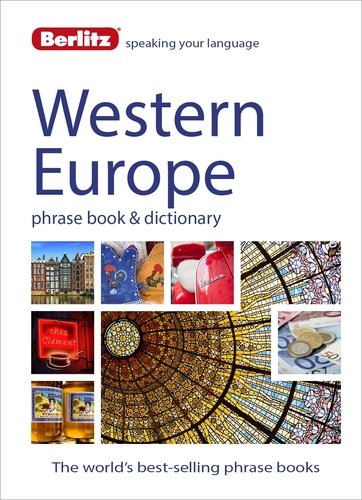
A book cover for Berlitz Language: West European Phrase Book & Dictionary: French, German, Italian, Spanish, Dutch, Portuguese, Greek, Turkish (Berlitz Phrasebooks); Berlitz; Travel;